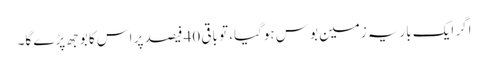
اگر ایک باریہ زمین بوس ہوگیا، تو باقی 40 فیصد پر اس کا بوجھ پڑے گا۔